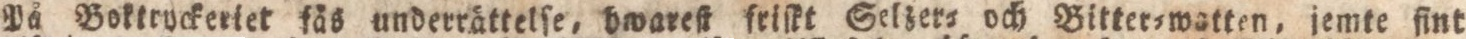
På Botktryckeriet fäs underrättelſe, hwareſt frikt Selzer= och Bitterswatten, jemte fint